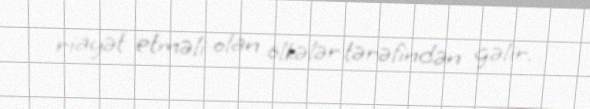
riayət etməli olan ölkələr tərəfindən gəlir.